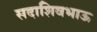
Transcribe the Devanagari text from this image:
सदाशिवभाऊ